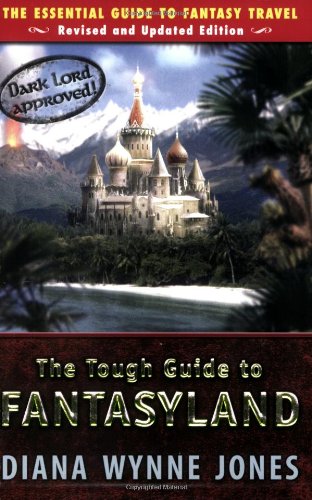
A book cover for The Tough Guide to Fantasyland: The Essential Guide to Fantasy Travel; Diana Wynne Jones; Teen & Young Adult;